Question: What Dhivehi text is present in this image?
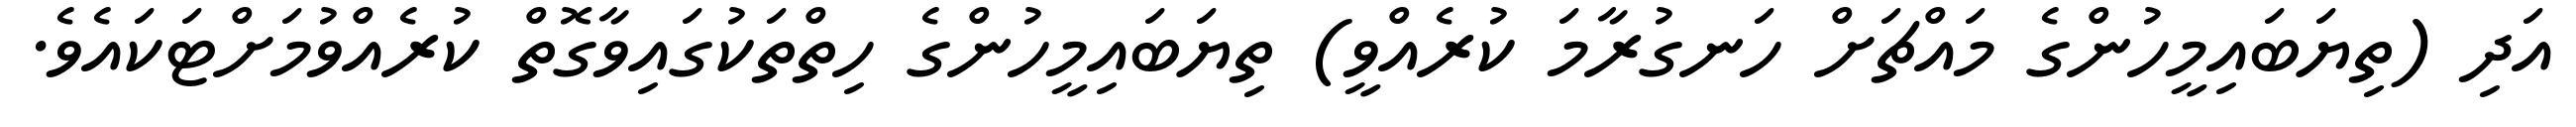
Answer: އަދި (ތިޔަބައިމީހުންގެ މައްޗަށް ހަނގުރާމަ ކުރެއްވީ) ތިޔަބައިމީހުންގެ ހިތްތަކުގައިވާގޮތް ކުރެއްވުމަށްޓަކައެވެ.